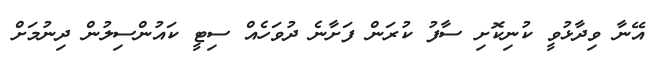
އޭނާ ވިދާޅުވީ ކުނިކޮށި ސާފު ކުރަން ފަށާނެ ދުވަހެއް ސިޓީ ކައުންސިލުން ދިނުމަށް